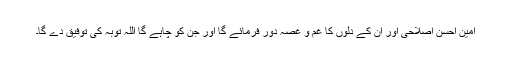
امین احسن اصلاحی اور ان کے دلوں کا غم و غصہ دور فرمائے گا اور جن کو چاہے گا اللہ توبہ کی توفیق دے گا۔